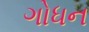
ગોધન